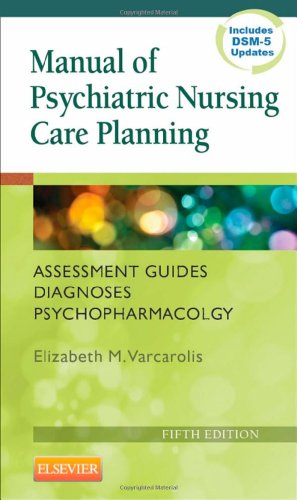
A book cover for Manual of Psychiatric Nursing Care Planning: Assessment Guides, Diagnoses, Psychopharmacology, 5e (Varcarolis, Manual of Psychiatric Nursing Care Plans); Elizabeth M. Varcarolis RN  MA; Medical Books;